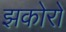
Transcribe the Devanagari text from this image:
झकोरों